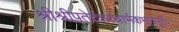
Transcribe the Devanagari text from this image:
श्रीश्रीपतेर्दशरथार्भकभावपूर्तेः